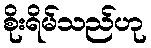
စိုးရိမ်သည်ဟု